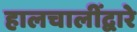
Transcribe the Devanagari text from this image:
हालचालींद्वारे